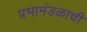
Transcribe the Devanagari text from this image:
प्रभामंडळाची